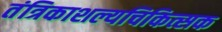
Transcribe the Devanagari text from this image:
तंत्रिकाशल्यचिकित्सक